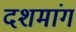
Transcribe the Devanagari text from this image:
दशमांग